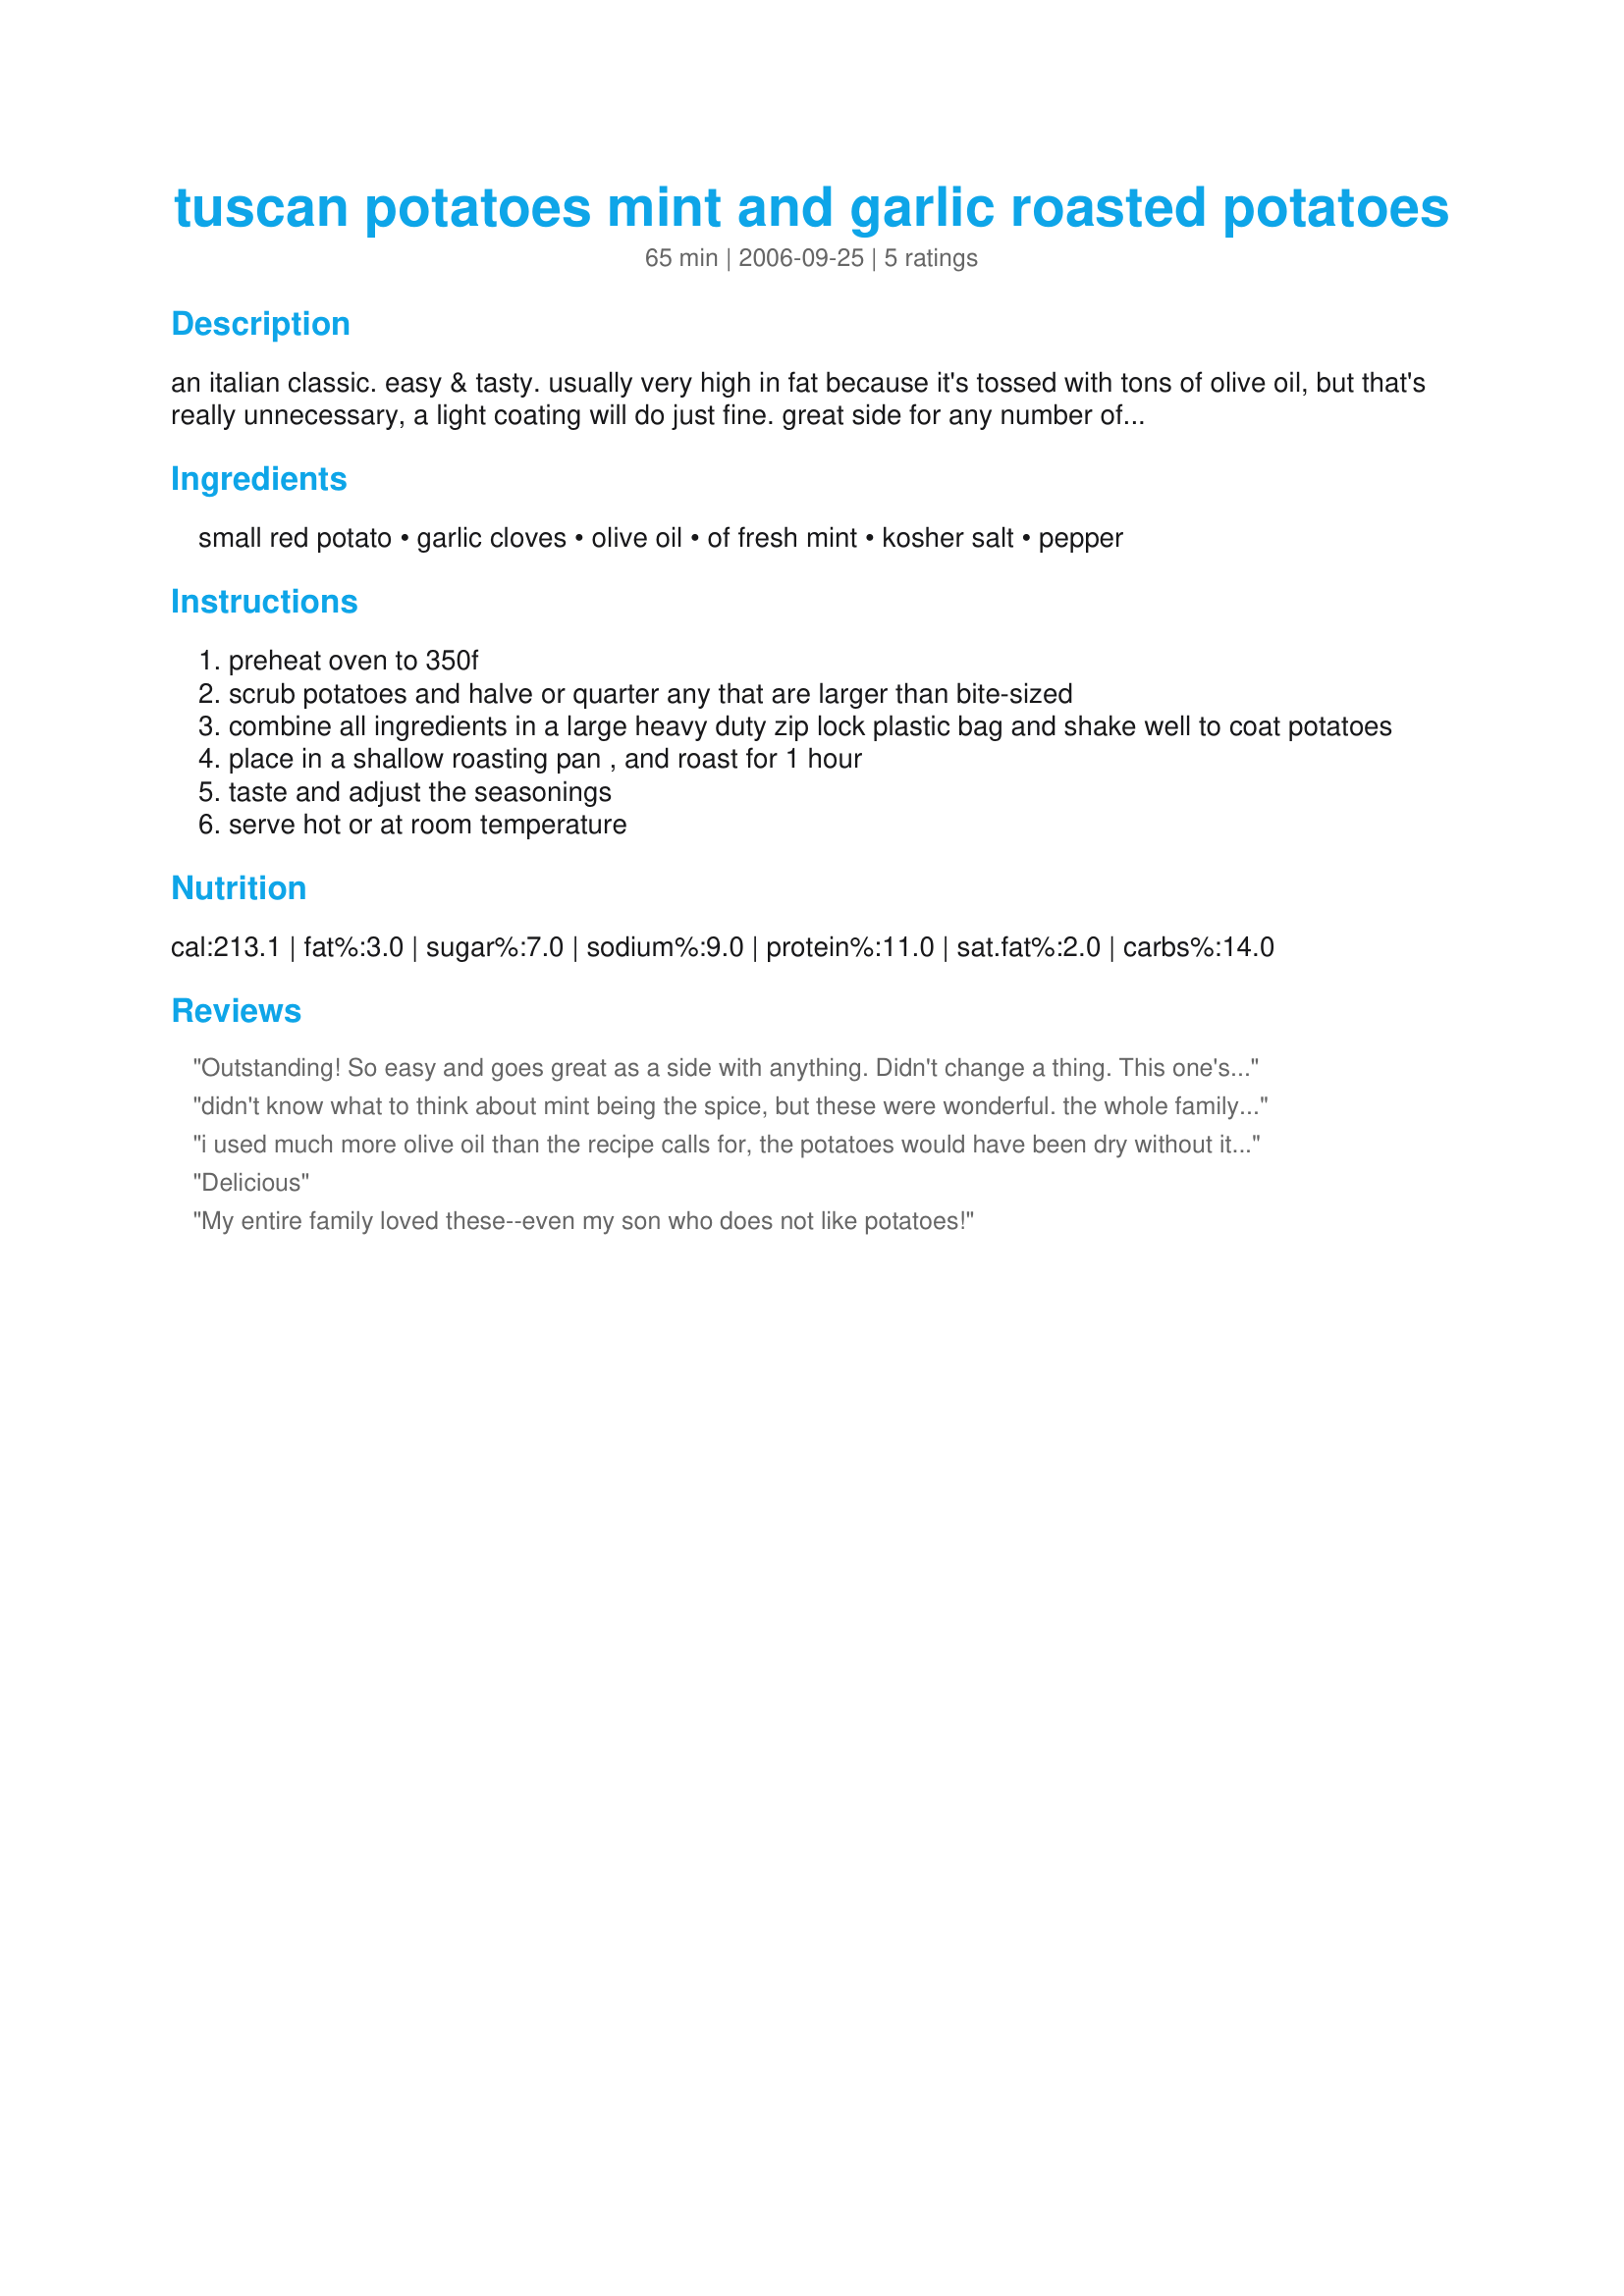
tuscan potatoes mint and garlic roasted potatoes
Preparation time: 65 minutes

an italian classic. easy & tasty. usually very high in fat because it's tossed with tons of olive oil, but that's really unnecessary, a light coating will do just fine. great side for any number of meats - roast pork, grilled chicken, italian sausage, salmon, beef, veal, etc, etc.

Ingredients:
small red potato, garlic cloves, olive oil, of fresh mint, kosher salt, pepper

Steps:
preheat oven to 350f
scrub potatoes and halve or quarter any that are larger than bite-sized
combine all ingredients in a large heavy duty zip lock plastic bag and shake well to coat potatoes
place in a shallow roasting pan , and roast for 1 hour
taste and adjust the seasonings
serve hot or at room temperature

Reviews:
Outstanding! So easy and goes great as a side with anything. Didn't change a thing. This one's a keeper. Thank you.
didn't know what to think about mint being the spice, but these were wonderful. the whole family loved them. One thing I will do next time is cut potatoes bigger rather than smaller. my smaller pieces got dried out...
i used much more olive oil than the recipe calls for, the potatoes would have been dry without it. great side dish, veerrryy simple.
Delicious
My entire family loved these--even my son who does not like potatoes!
